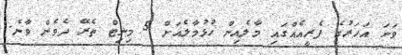
ވަނަ އަހަރުގެ ފެރީއެއްގައި މާލެއިން ހުޅުމާލެއަށް 5 މިނިޓް ތެރޭ ދެވެން ވާނެ.